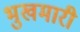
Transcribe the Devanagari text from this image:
भुखमारी